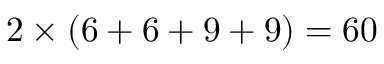
2 \times ( 6 + 6 + 9 + 9 ) = 6 0